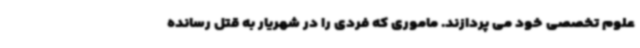
علوم تخصصی خود می پردازند. ماموری که فردی را در شهریار به قتل رسانده